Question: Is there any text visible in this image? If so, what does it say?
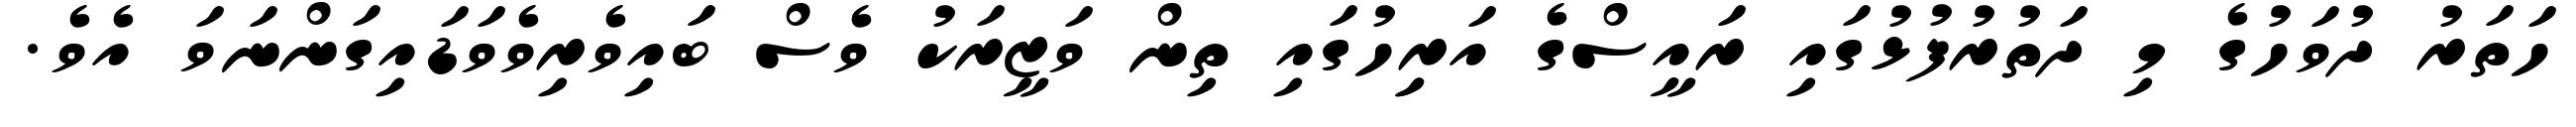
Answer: ހަތަރު ދުވަހުގެ މި ދަތުރުފުޅުގައި ރައީސްގެ އަރިިހުގައި ތިން ވަޒީރަކު ވެސް ބައިވެރިވެވަޑައިގަންނަވަ އެވެ.